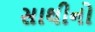
સાથીનો